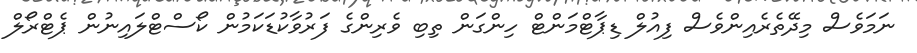
ނަމަވެސް މިދޭތެރެއިންވެސް ފިއުލް ޑިޕާޓްމަންޓް ހިންގަން ތިބި ވެރިންގެ ފަރުވާކުޑަކަމުން ކޯސްޓްލައިނުން ޕެޓްރޯލް